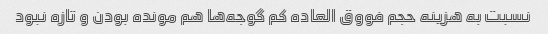
نسبت به هزینه حجم فووق العاده کم گوجه‌ها هم مونده بودن و تازه نبود